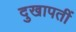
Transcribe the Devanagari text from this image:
दुखापतीं